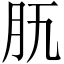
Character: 𦘵